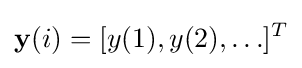
\mathbf {y} (i)=[y(1),y(2),\ldots ]^{T}